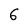
Character: 6